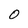
Character: 0